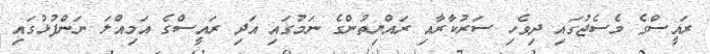
ރައީސްގެ މެސެޖުގައި ދިވެހި ސަރުކާރާއި ރައްޔިތުންގެ ނަމުގައި އަދި ރައީސްގެ އަމިއްލަ ނަންފުޅުގައި